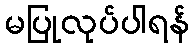
မပြုလုပ်ပါရန်